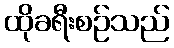
ထိုခရီးစဉ်သည်